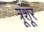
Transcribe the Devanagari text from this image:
त्रूशूर